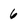
Character: 6